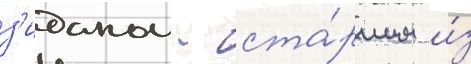
з'иданом - ста́ршим и́з